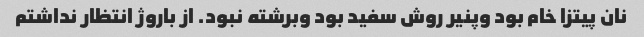
نان پیتزا خام بود وپنیر روش سفید بود وبرشته نبود. از باروژ انتظار نداشتم